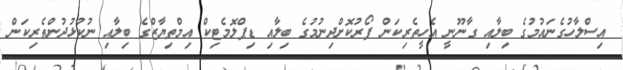
އިސްލާހުގެނައުމުގެ ބިލާއި ގާނޫނީ އެހީތެރިކަން ފޯރުކޮށްދިނުމުގެ ބިލާއި ޑިޕްލޮމެޓިކް އިމްތިޔާޒްގެ ބިލާއި ނުކުޅުދުންތެރިކަން